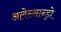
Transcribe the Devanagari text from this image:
अलेस्सान्ड्रो